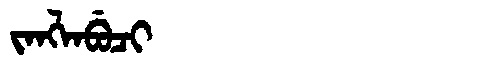
Manchu: ᠵᠠᠩᠯᠠᠪᡠᠴᡳ
Romanization: JANGLABUCI